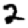
Digit: 2